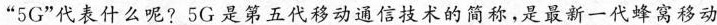
”5G”代表什么呢?5G是第五代移动通信技术的简称，是最新一代蜂窝移动